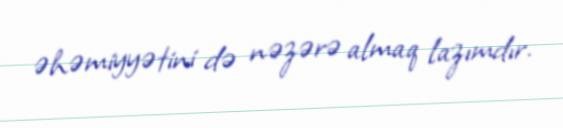
əhəmiyyətini də nəzərə almaq lazımdır.